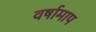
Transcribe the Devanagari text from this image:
वर्षामाप